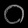
Digit: ၀